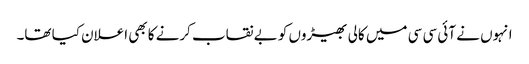
انہوں نے آئی سی سی میں کالی بھیڑوں کو بے نقاب کرنے کا بھی اعلان کیا تھا۔